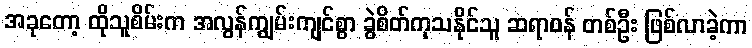
အခုတော့ ထိုသူစိမ်းက အလွန်ကျွမ်းကျင်စွာ ခွဲစိတ်ကုသနိုင်သူ ဆရာဝန် တစ်ဦး ဖြစ်လာခဲ့ကာ